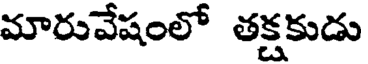
మారువేషంలో తక్షకుడు